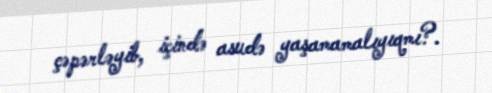
çəpərləyib, içində asudə yaşamamalıyıqmı?.